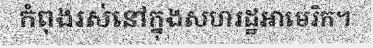
កំពុងរស់នៅក្នុងសហរដ្ឋអាមេរិក។